Report of the Indian Hemp Drugs Commission, 1894-1895 - Volume I
Year: 1894
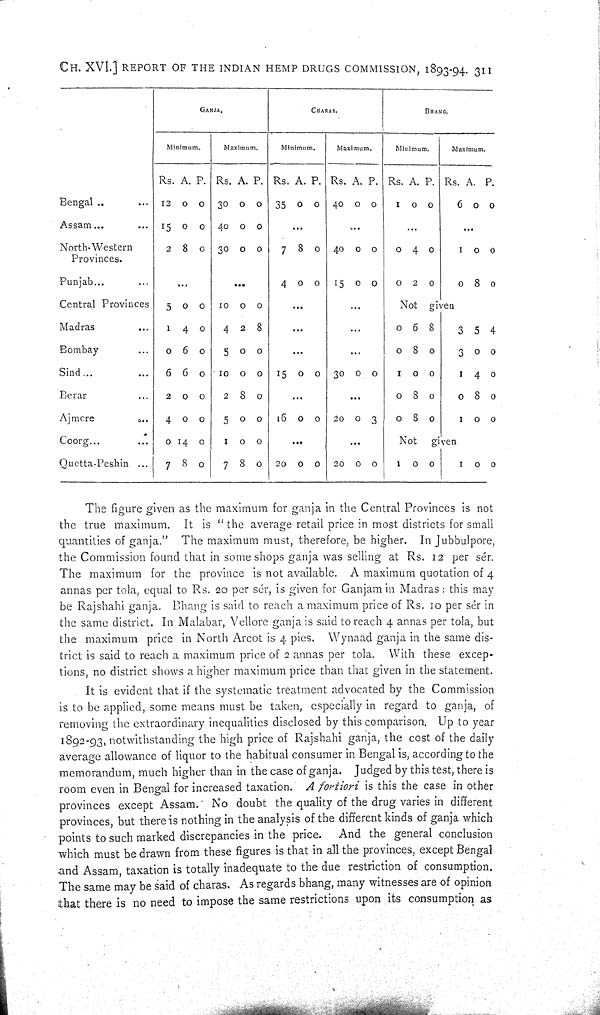
CH. XVI.] REPORT OF THE INDIAN HEMP DRUGS COMMISSION, 1893-94. 311
GANJA.
CHARAS.
BHANG
.
Minimum.
Maximum.
Minimum.
Maximum.
Minimum.
Maximum.
Rs. A. P . Rs. A. P. Rs. A. P. Rs. A. P. Rs. A. P . Rs. A. P .
Bengal
12 0 0
30 0 0
35 0 0
40 0 0
1 0 0
6 0 0
Assam
15 0 0
40 0 0
North-Western
Provinces.
2 8 0
30 0 0
7 8 0
40 0 0
0 4 0
1 0 0
Punjab
4 0 0
15 0 0
0 2 0
0 8 0
Central Provinces
5 0 0
10 0 0
Not given
Madras
1 4 0
4 2 8
0 6 8
3 5 4
Bombay
0 6 0
5 0 0
0 8 0
3 0 0
Sind
6 6 0
10 0 0
15 0 0
30 0 0
1 0 0
1 4 0
Berar
2 0 0
2 8 0
0 8 0
0 8 0
Ajmere
4 0 0
5 0 0
16 0 0
20 0 3
0 8 0
1 0 0
Coorg
0 14 0
1 0 0
Not
given
Quetta-Peshin
7 8 0
7 8 0
20 0 0
20 0 0
1 0 0
1 0 0
The figure given as the maximum for ganja in the Central Provinces is not
the true maximum. It is "the average retail price in most districts for small
quantities of ganja." The maximum must, therefore, be higher. In Jubbulpore,
the Commission found that in some shops ganja was selling at Rs. 12 per sér.
The maximum for the province is not available. A maximum quotation of 4
annas per tola, equal to Rs. 20 per sér, is given for Ganjam in Madras: this may
be Rajshahi ganja. Bhang is said to reach a maximum price of Rs. 10 per sér in
the same district. In Malabar, Vellore ganja is said to reach 4 annas per tola, but
the maximum price in North Arcot is 4 pies. Wynaad ganja in the same dis-
trict is said to reach a maximum price of 2 annas per tola. With these excep-
tions, no district shows a higher maximum price than that given in the statement.
It is evident that if the systematic treatment advocated by the Commission
is to be applied, some means must be taken, especially in regard to ganja, of
removing the extraordinary inequalities disclosed by this comparison. Up to year
1892-93, notwithstanding the high price of Rajshahi ganja, the cost of the daily
average allowance of liquor to the habitual consumer in Bengal is, according to the
memorandum, much higher than in the case of ganja. Judged by this test, there is
room even in Bengal for increased taxation. A fortiori
is this the case in other
provinces except Assam. No doubt the quality of the drug varies in different
provinces, but there is nothing in the analysis of the different kinds of ganja which
points to such marked discrepancies in the price.
And the general conclusion
which must be drawn from these figures is that in all the provinces, except Bengal
and Assam, taxation is totally inadequate to the due restriction of consumption.
The same may be said of charas. As regards bhang, many witnesses are of opinion
that there is no need to impose the same restrictions upon its consumption as